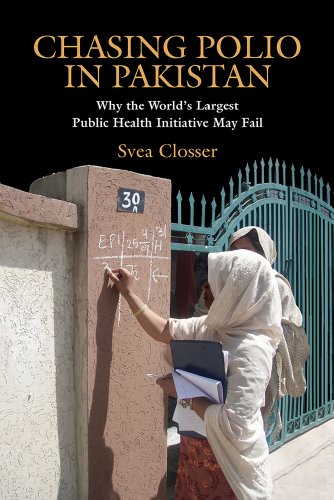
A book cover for Chasing Polio in Pakistan: Why the World's Largest Public Health Initiative May Fail; Svea Closser; Medical Books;